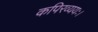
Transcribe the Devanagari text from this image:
कपिरव्ययः।